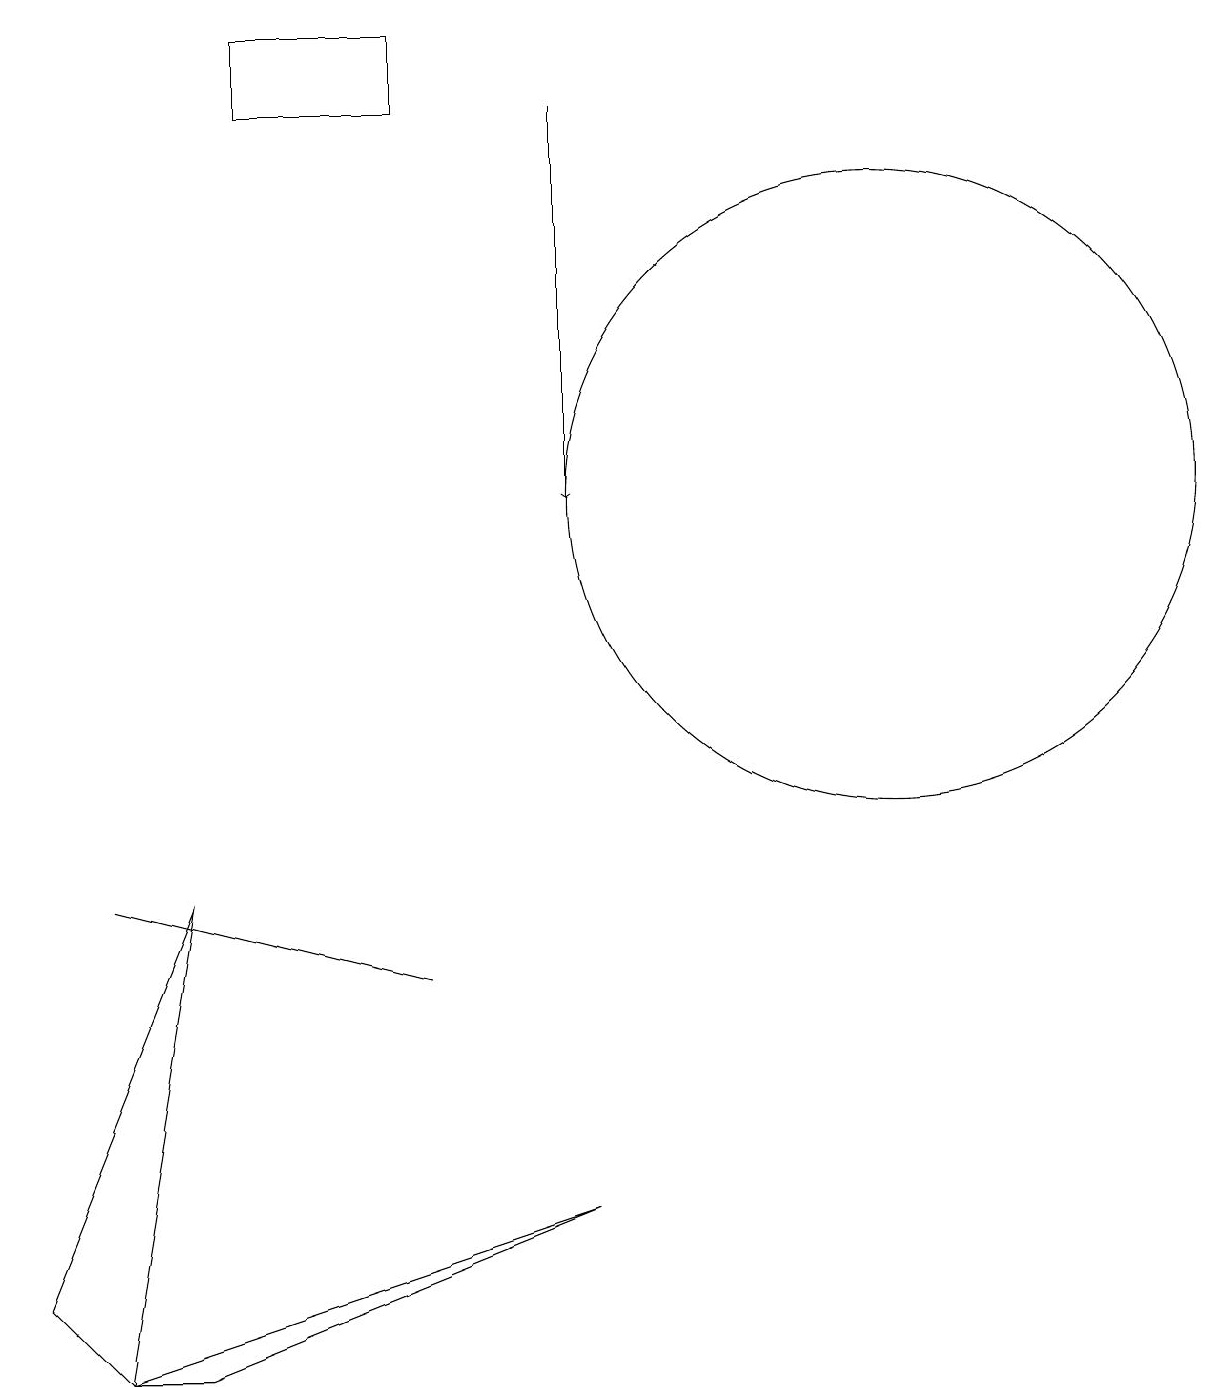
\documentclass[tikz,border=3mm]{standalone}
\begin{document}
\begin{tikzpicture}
\draw (12,11) circle (4);
\draw[->] (8,16) -- (8,11);
\draw (3,6) -- (1,1) -- (2,0) -- cycle;
\draw (2,0) -- (8,2) -- (3,0) -- cycle;
\draw (2,6) -- (6,5) -- (2,6) -- cycle;
\draw (6,17) rectangle (4,16);
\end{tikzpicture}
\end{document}